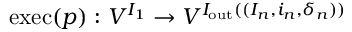
\mathrm { e x e c } ( p ) : V ^ { I _ { 1 } } \rightarrow V ^ { I _ { \mathrm { o u t } } ( ( I _ { n } , i _ { n } , \delta _ { n } ) ) }